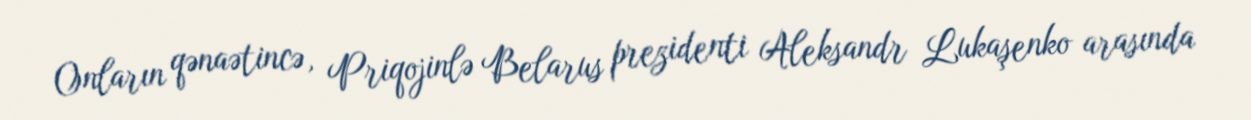
Onların qənaətincə, Priqojinlə Belarus prezidenti Aleksandr Lukaşenko arasında